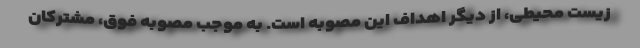
زیست محیطی، از دیگر اهداف این مصوبه است. به موجب مصوبه فوق، مشترکان